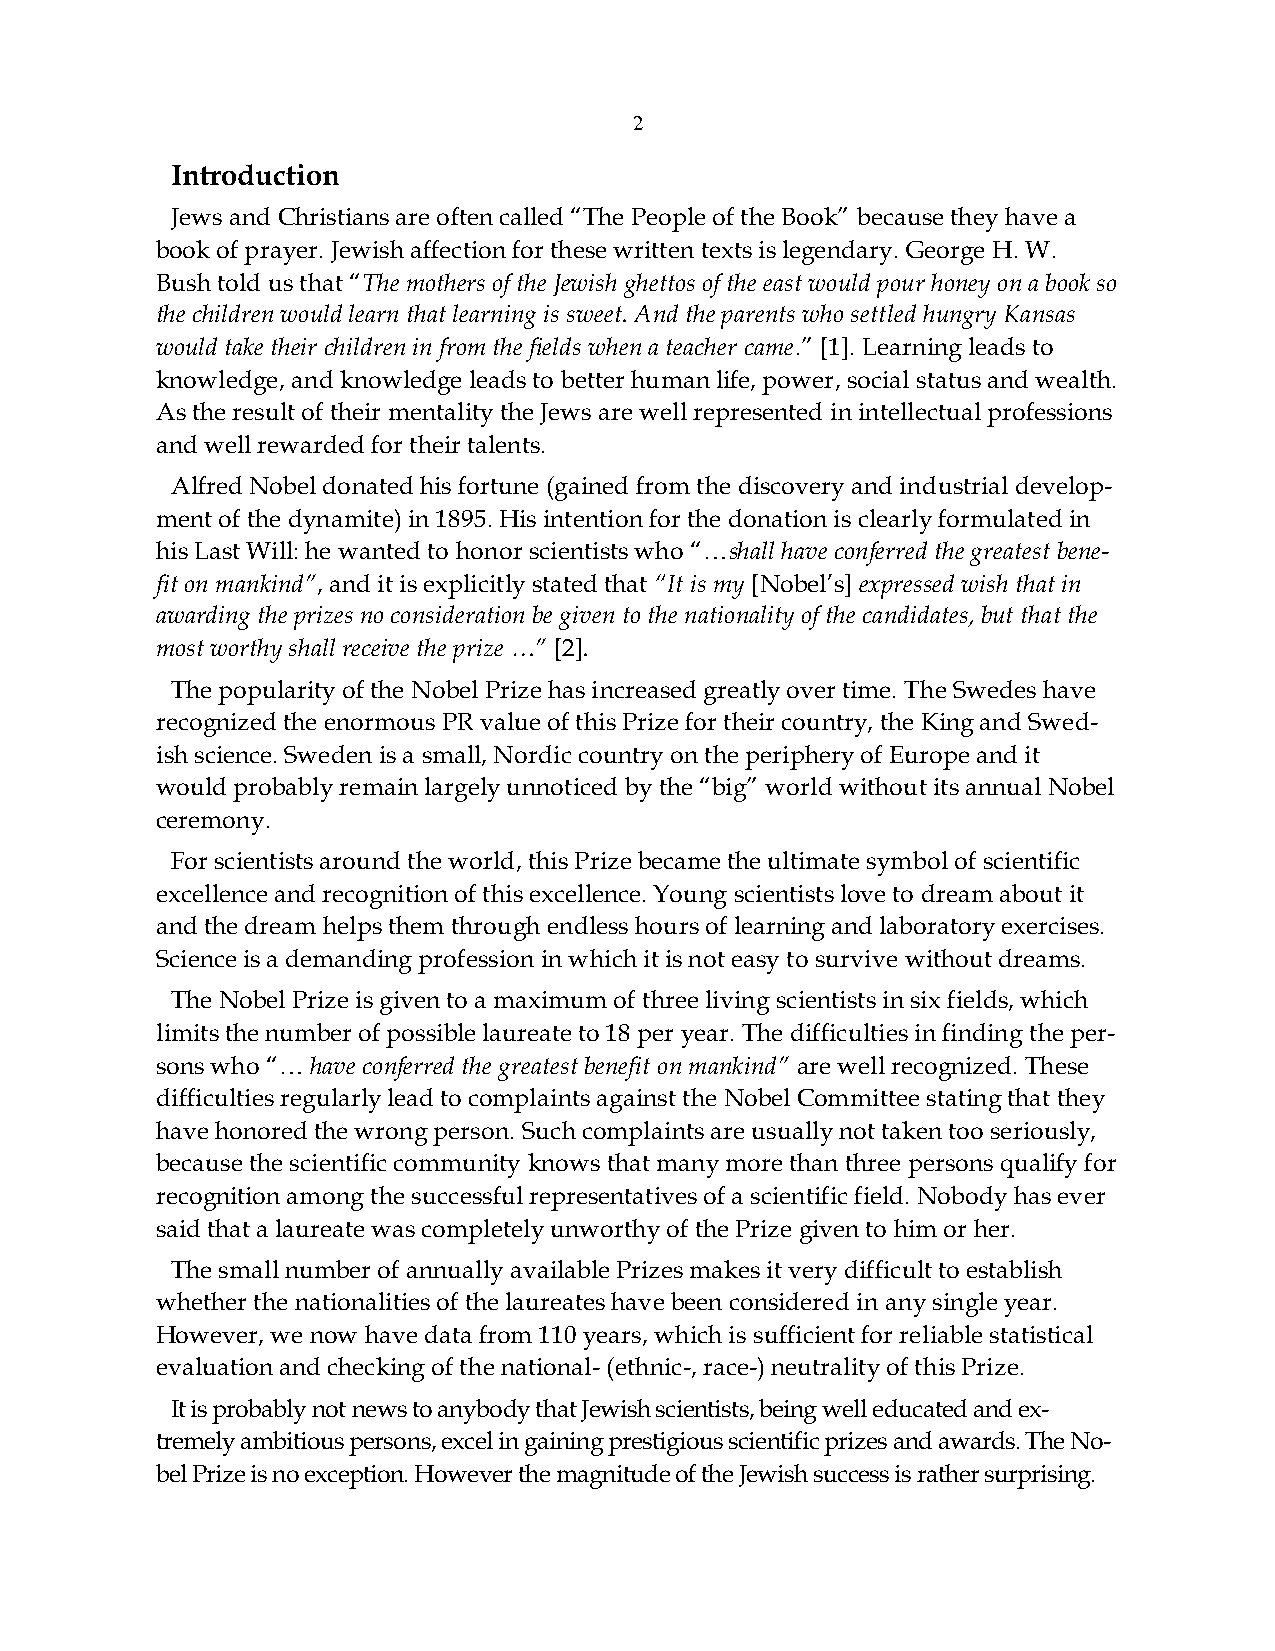
2
 Introduction
 Jews and Christians are often called “The People of the Book” because they have a
 book of prayer. Jewish affection for these written texts is legendary. George H. W.
 Bush told us that “The mothers of the Jewish ghettos of the east would pour honey on a book so
 the children would learn that learning is sweet. And the parents who settled hungry Kansas
 would take their children in from the fields when a teacher came.” [1]. Learning leads to
 knowledge, and knowledge leads to better human life, power, social status and wealth.
 As the result of their mentality the Jews are well represented in intellectual professions
 and well rewarded for their talents.
 Alfred Nobel donated his fortune (gained from the discovery and industrial develop-
 ment of the dynamite) in 1895. His intention for the donation is clearly formulated in
 his Last Will: he wanted to honor scientists who “…shall have conferred the greatest bene-
 fit on mankind”, and it is explicitly stated that “It is my [Nobel’s] expressed wish that in
 awarding the prizes no consideration be given to the nationality of the candidates, but that the
 most worthy shall receive the prize …” [2].
 The popularity of the Nobel Prize has increased greatly over time. The Swedes have
 recognized the enormous PR value of this Prize for their country, the King and Swed-
 ish science. Sweden is a small, Nordic country on the periphery of Europe and it
 would probably remain largely unnoticed by the “big” world without its annual Nobel
 ceremony.
 For scientists around the world, this Prize became the ultimate symbol of scientific
 excellence and recognition of this excellence. Young scientists love to dream about it
 and the dream helps them through endless hours of learning and laboratory exercises.
 Science is a demanding profession in which it is not easy to survive without dreams.
 The Nobel Prize is given to a maximum of three living scientists in six fields, which
 limits the number of possible laureate to 18 per year. The difficulties in finding the per-
 sons who “… have conferred the greatest benefit on mankind” are well recognized. These
 difficulties regularly lead to complaints against the Nobel Committee stating that they
 have honored the wrong person. Such complaints are usually not taken too seriously,
 because the scientific community knows that many more than three persons qualify for
 recognition among the successful representatives of a scientific field. Nobody has ever
 said that a laureate was completely unworthy of the Prize given to him or her.
 The small number of annually available Prizes makes it very difficult to establish
 whether the nationalities of the laureates have been considered in any single year.
 However, we now have data from 110 years, which is sufficient for reliable statistical
 evaluation and checking of the national- (ethnic-, race-) neutrality of this Prize.
 It is probably not news to anybody that Jewish scientists, being well educated and ex-
 tremely ambitious persons, excel in gaining prestigious scientific prizes and awards. The No-
 bel Prize is no exception. However the magnitude of the Jewish success is rather surprising.